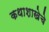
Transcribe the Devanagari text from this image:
कथाशाखेचे